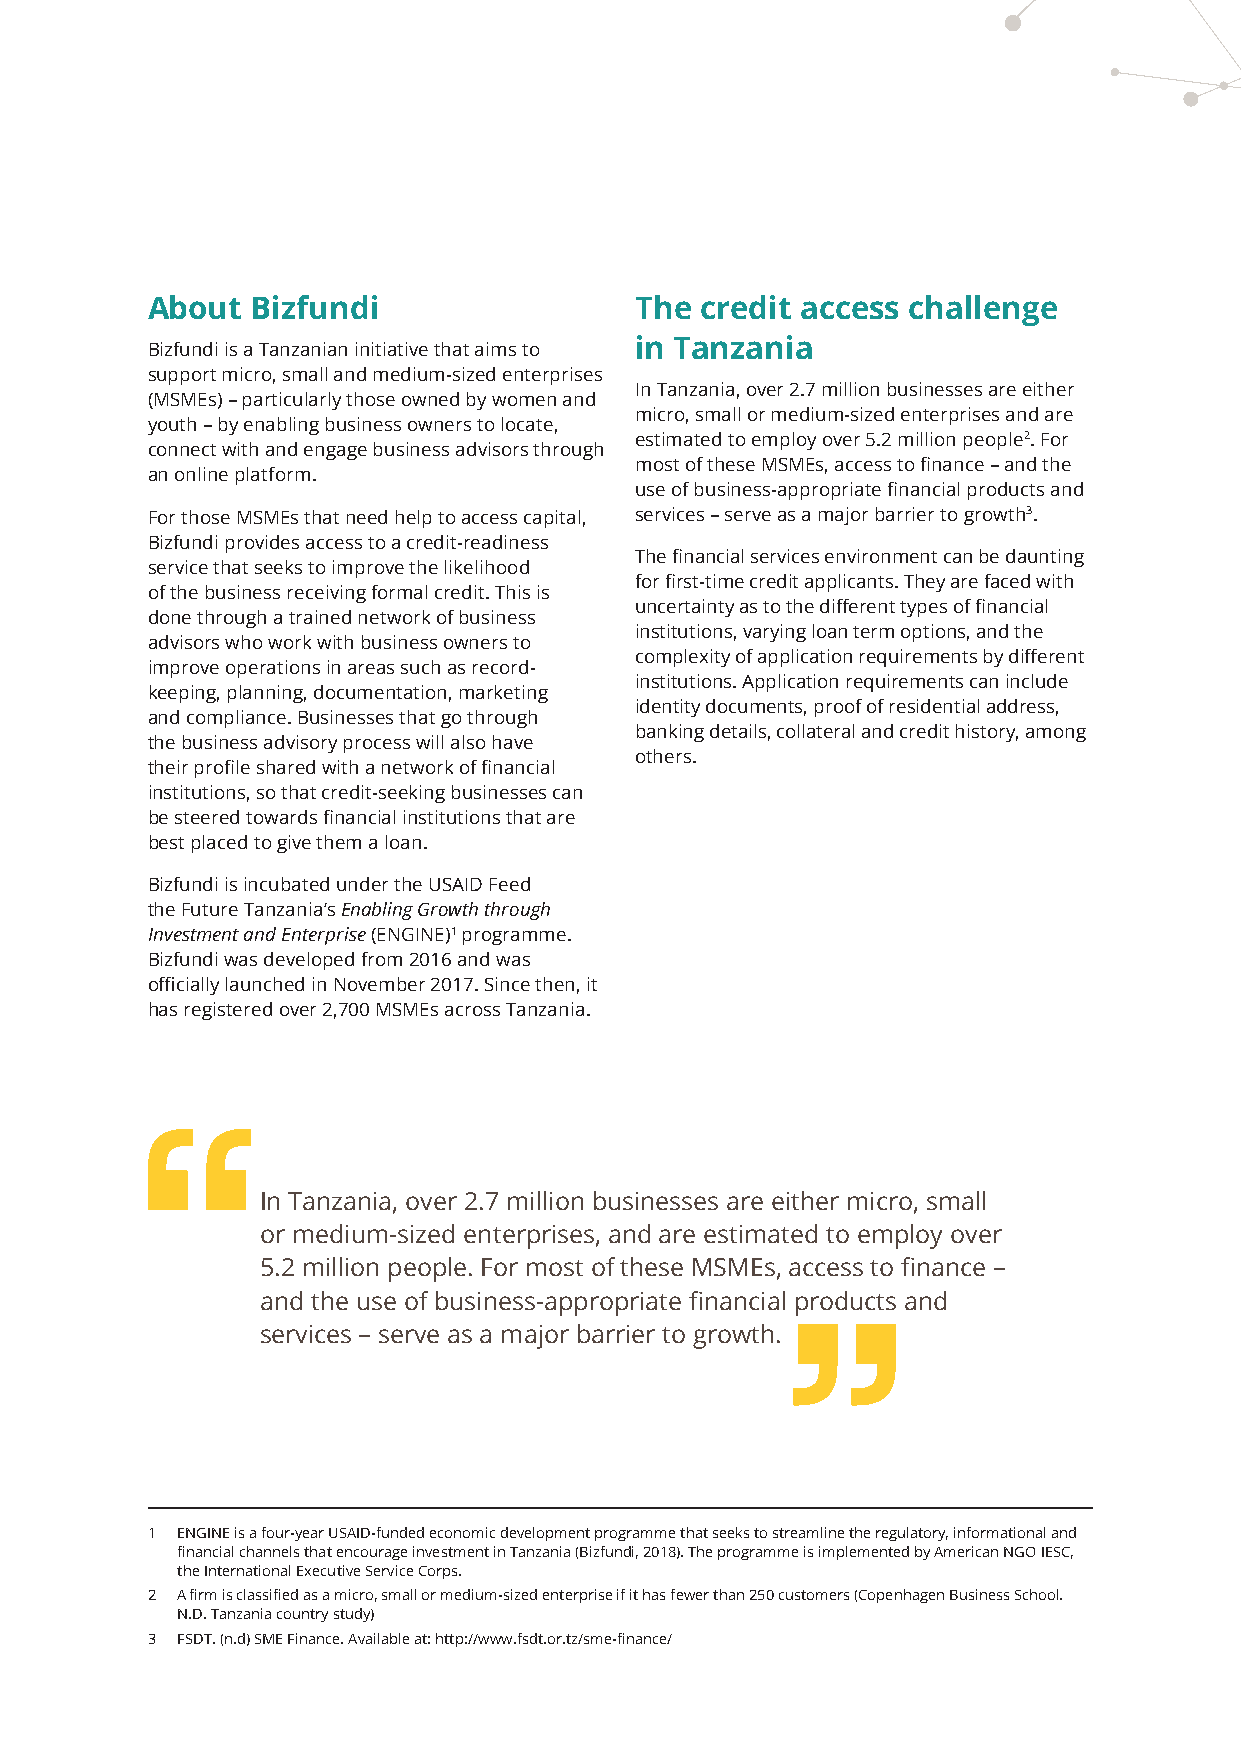
About  Bizfundi                 The credit access challenge
 Bizfundi is a Tanzanian initiative that aims to in Tanzania
 support micro, small and medium-sized enterprises
 In Tanzania, over 2.7 million businesses are either
 (MSMEs) – particularly those owned by women and
 micro, small or medium-sized enterprises and are
 youth – by enabling business owners to locate,
 estimated to employ over 5.2 million people2. For
 connect with and engage business advisors through
 most of these MSMEs, access to finance – and the
 an online platform.
 use of business-appropriate financial products and
 For those MSMEs that need help to access capital, services – serve as a major barrier to growth3.
 Bizfundi provides access to a credit-readiness
 The financial services environment can be daunting
 service that seeks to improve the likelihood
 for first-time credit applicants. They are faced with
 of the business receiving formal credit. This is
 uncertainty as to the different types of financial
 done through a trained network of business
 institutions, varying loan term options, and the
 advisors who work with business owners to
 complexity of application requirements by different
 improve operations in areas such as record-
 institutions. Application requirements can include
 keeping, planning, documentation, marketing
 identity documents, proof of residential address,
 and compliance. Businesses that go through
 banking details, collateral and credit history, among
 the business advisory process will also have
 others.
 their profile shared with a network of financial
 institutions, so that credit-seeking businesses can
 be steered towards financial institutions that are
 best placed to give them a loan.
 Bizfundi is incubated under the USAID Feed
 the Future Tanzania’s Enabling Growth through
 Investment and Enterprise (ENGINE)1 programme.
 Bizfundi was developed from 2016 and was
 officially launched in November 2017. Since then, it
 has registered over 2,700 MSMEs across Tanzania.
 In Tanzania, over 2.7 million businesses are either micro, small
 or medium-sized enterprises, and are estimated to employ over
 5.2 million people. For most of these MSMEs, access to finance –
 and the use of business-appropriate financial products and
 services – serve as a major barrier to growth.
 1 ENGINE is a four-year USAID-funded economic development programme that seeks to streamline the regulatory, informational and
 financial channels that encourage investment in Tanzania (Bizfundi, 2018). The programme is implemented by American NGO IESC,
 the International Executive Service Corps.
 2 A firm is classified as a micro, small or medium-sized enterprise if it has fewer than 250 customers (Copenhagen Business School.
 N.D. Tanzania country study)
 3 FSDT. (n.d) SME Finance. Available at: http://www.fsdt.or.tz/sme-finance/